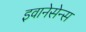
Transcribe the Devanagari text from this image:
इवानेसेन्स